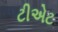
ટીએટ